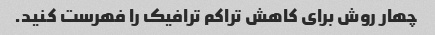
چهار روش برای کاهش تراکم ترافیک را فهرست کنید.